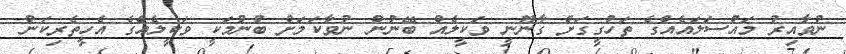
ނުވާއިރު މައްސަލައެއްގެ ތަހުގީގަށް ގާނޫނީ ވަކީލެއް ބޭނުން ނުވާކަމަށް ބުނުމަކީ ވަކީލެއްގެ އެހީތެެރިކަން